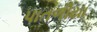
પાતળીયા